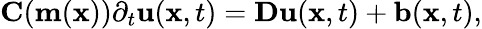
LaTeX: \mathbf{C}(\mathbf{m}(\mathbf{x}))\partial_{t}\mathbf{u}(\mathbf{x},t)=\mathbf{Du}(\mathbf{x},t)+\mathbf{b}(\mathbf{x},t),